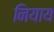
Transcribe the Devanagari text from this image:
नियाय